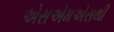
એસએમએસથી